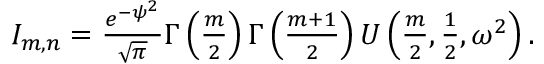
\begin{array} { r } { I _ { m , n } = \frac { e ^ { - \psi ^ { 2 } } } { \sqrt { \pi } } \Gamma \left( \frac { m } { 2 } \right) \Gamma \left( \frac { m + 1 } { 2 } \right) U \left( \frac { m } { 2 } , \frac { 1 } { 2 } , \omega ^ { 2 } \right) . } \end{array}